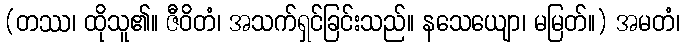
(တဿ၊ ထိုသူ၏။ ဇီဝိတံ၊ အသက်ရှင်ခြင်းသည်။ နသေယျော၊ မမြတ်။) အမတံ၊